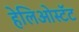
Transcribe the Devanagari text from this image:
हेलिओस्टॅट